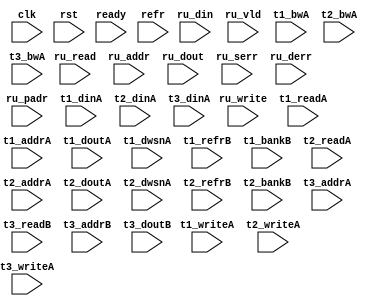
/*
 * Copyright (C) 2011 Memoir Systems Inc. These coded instructions, statements, and computer programs are
 * Confidential Proprietary Information of Memoir Systems Inc. and may not be disclosed to third parties
 * or copied in any form, in whole or in part, without the prior written consent of Memoir Systems Inc.
 * 
 * */

module algo_1ru_a260_sva_wrap
#(parameter IP_WIDTH = 32, parameter IP_BITWIDTH = 5, parameter IP_DECCBITS = 7, parameter IP_NUMADDR = 8192, parameter IP_BITADDR = 13, 
parameter IP_NUMVBNK = 4,	parameter IP_BITVBNK = 2, parameter IP_BITPBNK = 3,
parameter IP_ENAEXT = 0, parameter IP_ENAECC = 0, parameter IP_ENAPAR = 0, parameter IP_SECCBITS = 6, parameter IP_SECCDWIDTH = 12, 
parameter FLOPECC = 0, parameter FLOPIN = 0, parameter FLOPOUT = 0, parameter FLOPCMD = 0, parameter FLOPMEM = 0,
parameter IP_REFRESH = 1, parameter IP_REFFREQ = 6,  parameter IP_REFFRHF = 0,

parameter T1_WIDTH = 32, parameter T1_NUMVBNK = 4, parameter T1_BITVBNK = 1, parameter T1_DELAY = 2, parameter T1_NUMVROW = 2048, parameter T1_BITVROW = 11, 
parameter T1_BITWSPF = 0, parameter T1_NUMWRDS = 1, parameter T1_BITWRDS = 1, parameter T1_NUMSROW = 2048, parameter T1_BITSROW = 11, parameter T1_PHYWDTH = 32,
parameter T1_NUMRBNK = 2, parameter T1_BITRBNK = 1, parameter T1_NUMRROW = 256, parameter T1_BITRROW = 8, parameter T1_NUMPROW = 2048, parameter T1_BITPROW = 11,
parameter T1_BITDWSN = 8, 
parameter T1_NUMDWS0 = 0, parameter T1_NUMDWS1 = 0, parameter T1_NUMDWS2 = 0, parameter T1_NUMDWS3 = 0,
parameter T1_NUMDWS4 = 0, parameter T1_NUMDWS5 = 0, parameter T1_NUMDWS6 = 0, parameter T1_NUMDWS7 = 0,
parameter T1_NUMDWS8 = 0, parameter T1_NUMDWS9 = 0, parameter T1_NUMDWS10 = 0, parameter T1_NUMDWS11 = 0,
parameter T1_NUMDWS12 = 0, parameter T1_NUMDWS13 = 0, parameter T1_NUMDWS14 = 0, parameter T1_NUMDWS15 = 0,

parameter T2_WIDTH = 32, parameter T2_NUMVBNK = 1, parameter T2_BITVBNK = 1, parameter T2_DELAY = 2, parameter T2_NUMVROW = 2048, parameter T2_BITVROW = 11, 
parameter T2_BITWSPF = 0, parameter T2_NUMWRDS = 1, parameter T2_BITWRDS = 1, parameter T2_NUMSROW = 2048, parameter T2_BITSROW = 11, parameter T2_PHYWDTH = 32,
parameter T2_NUMRBNK = 2, parameter T2_BITRBNK = 1, parameter T2_NUMRROW = 256, parameter T2_BITRROW = 8, parameter T2_NUMPROW = 2048, parameter T2_BITPROW = 11,
parameter T2_BITDWSN = 8, 
parameter T2_NUMDWS0 = 0, parameter T2_NUMDWS1 = 0, parameter T2_NUMDWS2 = 0, parameter T2_NUMDWS3 = 0,
parameter T2_NUMDWS4 = 0, parameter T2_NUMDWS5 = 0, parameter T2_NUMDWS6 = 0, parameter T2_NUMDWS7 = 0,
parameter T2_NUMDWS8 = 0, parameter T2_NUMDWS9 = 0, parameter T2_NUMDWS10 = 0, parameter T2_NUMDWS11 = 0,
parameter T2_NUMDWS12 = 0, parameter T2_NUMDWS13 = 0, parameter T2_NUMDWS14 = 0, parameter T2_NUMDWS15 = 0,

parameter T3_WIDTH = 30, parameter T3_NUMVBNK = 1, parameter T3_BITVBNK = 1, parameter T3_DELAY = 1, parameter T3_NUMVROW = 2048, parameter T3_BITVROW = 11,
parameter T3_BITWSPF = 0, parameter T3_NUMWRDS = 1, parameter T3_BITWRDS = 1, parameter T3_NUMSROW = 2048, parameter T3_BITSROW = 11, parameter T3_PHYWDTH = 30)
( clk, 		rst, 		ready,		refr,
ru_read, 	ru_write,	ru_addr,    	ru_din, 	ru_dout, 	ru_vld, 	ru_serr, 	ru_derr, 	ru_padr,

t1_readA, t1_writeA, t1_addrA, t1_dinA, t1_bwA, t1_doutA, t1_dwsnA,
t1_refrB, t1_bankB,
t2_readA, t2_writeA, t2_addrA, t2_dinA, t2_bwA, t2_doutA, t2_dwsnA, 
t2_refrB, t2_bankB,
t3_writeA, t3_addrA, t3_dinA, t3_bwA, 
t3_readB, t3_addrB, t3_doutB);

// MEMOIR_TRANSLATE_OFF

  parameter NUMRUPT = 1;
  
  parameter T1_INST = T1_NUMVBNK;
  parameter T2_INST = T2_NUMVBNK;
  parameter T3_INST = T3_NUMVBNK;
  
  parameter WIDTH = IP_WIDTH;
  parameter BITWDTH = IP_BITWIDTH;
  parameter NUMADDR = IP_NUMADDR;
  parameter BITADDR = IP_BITADDR;

  parameter ENAEXT = IP_ENAEXT;
  parameter ENAPAR = IP_ENAPAR;
  parameter ENAECC = IP_ENAECC;
  parameter ECCWDTH = IP_DECCBITS;
  
  parameter NUMVROW = T1_NUMVROW;  // ALGO1 Parameters
  parameter BITVROW = T1_BITVROW;
  parameter BITPROW = T1_BITPROW;
  parameter NUMVBNK = T1_NUMVBNK;
  parameter BITVBNK = T1_BITVBNK;
  parameter NUMPBNK = T1_NUMVBNK + 1;
  parameter BITPBNK = IP_BITPBNK;
  
  parameter NUMWRDS = T1_NUMWRDS;     // ALIGN Parameters
  parameter BITWRDS = T1_BITWRDS;
  parameter NUMSROW = T1_NUMSROW;
  parameter BITSROW = T1_BITSROW;
  
  parameter REFRESH = IP_REFRESH;      // REFRESH Parameters 
  parameter NUMRBNK = T1_NUMRBNK;
  parameter BITWSPF = T1_BITWSPF;
  parameter BITRBNK = T1_BITRBNK;
  parameter NUMRROW = T1_NUMRROW;
  parameter BITRROW = T1_BITRROW;
  parameter REFFREQ = IP_REFFREQ;
  
  parameter ECCBITS = IP_SECCBITS;
  parameter SRAM_DELAY = T3_DELAY;
  parameter DRAM_DELAY = T1_DELAY;
  
  parameter BITDWSN = T1_BITDWSN;		//DWSN Parameters
  parameter NUMDWS0 = T1_NUMDWS0;
  parameter NUMDWS1 = T1_NUMDWS1;
  parameter NUMDWS2 = T1_NUMDWS2;
  parameter NUMDWS3 = T1_NUMDWS3;
  parameter NUMDWS4 = T1_NUMDWS4;
  parameter NUMDWS5 = T1_NUMDWS5;
  parameter NUMDWS6 = T1_NUMDWS6;
  parameter NUMDWS7 = T1_NUMDWS7;
  parameter NUMDWS8 = T1_NUMDWS8;
  parameter NUMDWS9 = T1_NUMDWS9;
  parameter NUMDWS10 = T1_NUMDWS10;
  parameter NUMDWS11 = T1_NUMDWS11;
  parameter NUMDWS12 = T1_NUMDWS12;
  parameter NUMDWS13 = T1_NUMDWS13;
  parameter NUMDWS14 = T1_NUMDWS14;
  parameter NUMDWS15 = T1_NUMDWS15;

  parameter MEMWDTH = ENAEXT ? NUMWRDS*WIDTH : ENAPAR ? NUMWRDS*WIDTH+1 : ENAECC ? NUMWRDS*WIDTH+ECCWDTH : NUMWRDS*WIDTH;
  parameter PHYWDTH = MEMWDTH;
  parameter BITPADR = BITPBNK+BITSROW+BITWRDS+1;

  parameter BITMAPT = BITPBNK*NUMVBNK;
  parameter SDOUT_WIDTH = 2*BITMAPT+ECCBITS;
  
input clk; input rst; input refr;
input ready; 


input  [NUMRUPT - 1:0] 				ru_read; 
input  [NUMRUPT - 1:0]				ru_write; 
input  [NUMRUPT* BITADDR - 1:0] 	ru_addr; 
input  [NUMRUPT* WIDTH - 1:0]		ru_din;
input [NUMRUPT* WIDTH - 1:0] 		ru_dout; 
input [NUMRUPT - 1:0] 				ru_vld; 
input [NUMRUPT - 1:0] 				ru_serr; 
input [NUMRUPT - 1:0] 				ru_derr; 
input [NUMRUPT* BITPADR - 1:0] 	ru_padr;

input [T1_INST - 1:0] 			t1_readA; 
input [T1_INST- 1:0] 			t1_writeA; 
input [T1_INST*BITSROW - 1:0] t1_addrA; 
input [T1_INST*PHYWDTH - 1:0] 	t1_dinA;
input [T1_INST*PHYWDTH - 1:0] 	t1_bwA; 
input  [T1_INST*PHYWDTH - 1:0] 	t1_doutA;
input [T1_INST*BITDWSN - 1:0] t1_dwsnA;

input [T1_INST - 1:0] 			t1_refrB; 
input [T1_INST*BITRBNK - 1:0] 	t1_bankB;

input [T2_INST - 1:0] t2_readA; 
input [T2_INST - 1:0] t2_writeA; 
input [T2_INST*BITSROW - 1:0] t2_addrA; 
input [T2_INST*PHYWDTH - 1:0] t2_dinA; 
input [T2_INST*PHYWDTH - 1:0] t2_bwA; 
input  [T2_INST*PHYWDTH - 1:0] t2_doutA;
input [T2_INST*BITDWSN - 1:0] t2_dwsnA;

input [T2_INST - 1:0] t2_refrB; 
input [T2_INST*BITRBNK - 1:0] t2_bankB; 

input [T3_INST - 1:0] t3_writeA; 
input [T3_INST*BITSROW - 1:0] t3_addrA; 
input [T3_INST*SDOUT_WIDTH - 1:0] t3_dinA; 
input [T3_INST*SDOUT_WIDTH - 1:0] t3_bwA;

input [T3_INST - 1:0] t3_readB; 
input [T3_INST*BITSROW - 1:0] t3_addrB; 
input  [T3_INST*SDOUT_WIDTH - 1:0] t3_doutB;

endmodule